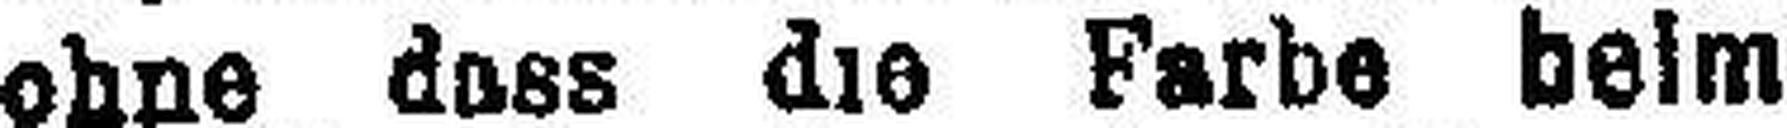
ohne dass die Farbe beim